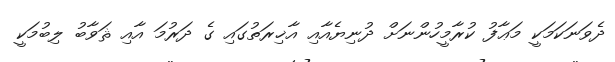
ދެވަނަކަމަކީ މަޢާފު ކުރާމީހުންނަށް ދުނިޔެއާއި އާޚިރަތުގައި ގެ ދަރުމަ އާއި ޘަވާބު ލިބުމަކީ